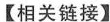
【相关链接】